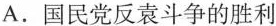
A.国民党反袁斗争的胜利